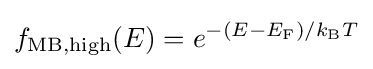
f_{\text{MB,high}}(E)=e^{-(E-E_{\text{F}})/k_{\text{B}}T}